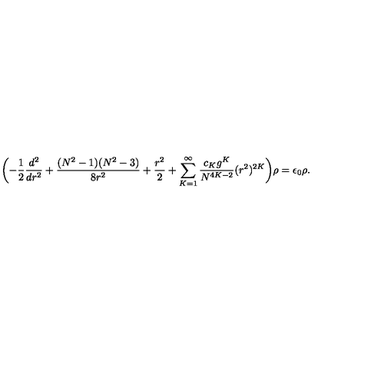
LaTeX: \biggl ( - \frac { 1 } { 2 } \frac { d ^ { 2 } } { d r ^ { 2 } } + \frac { ( N ^ { 2 } - 1 ) ( N ^ { 2 } - 3 ) } { 8 r ^ { 2 } } + \frac { r ^ { 2 } } { 2 } + \sum _ { K = 1 } ^ { \infty } \frac { c _ { K } g ^ { K } } { N ^ { 4 K - 2 } } ( r ^ { 2 } ) ^ { 2 K } \biggr ) \rho = \epsilon _ { 0 } \rho .